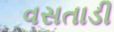
વસતાડી